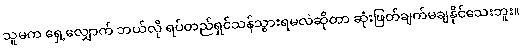
သူမက ရှေ့လျှောက် ဘယ်လို ရပ်တည်ရှင်သန်သွားရမလဲဆိုတာ ဆုံးဖြတ်ချက်မချနိုင်သေးဘူး။